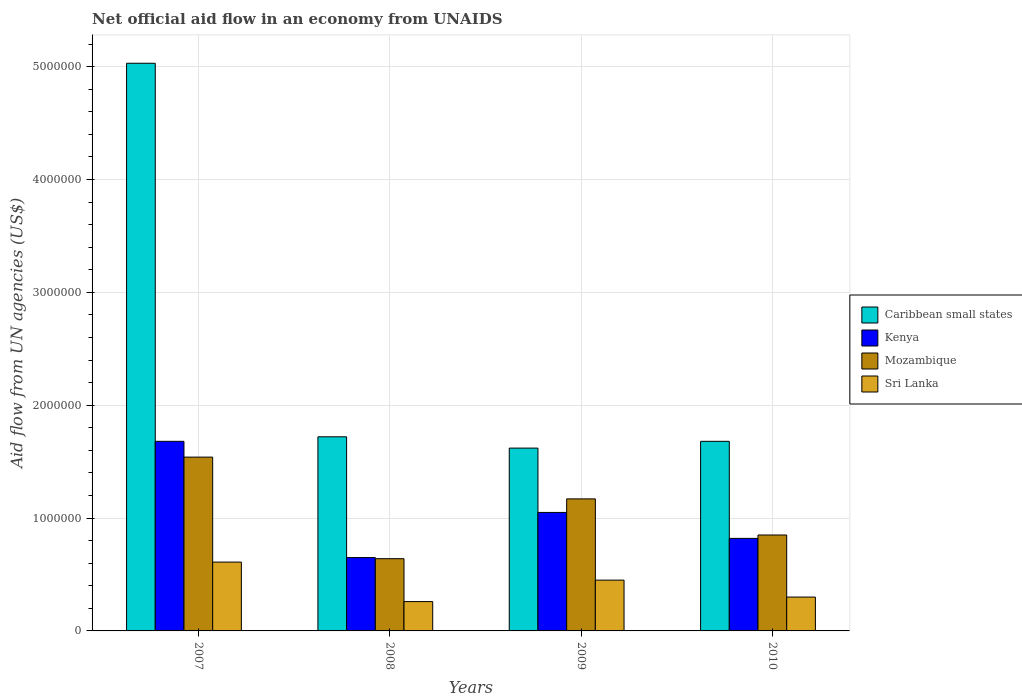
| Years | Caribbean small states | Kenya | Mozambique | Sri Lanka |
 | --- | --- | --- | --- | --- |
 | 2007 | 5.03e+06 | 1.68e+06 | 1.54e+06 | 6.1e+05 |
 | 2008 | 1.72e+06 | 6.5e+05 | 6.4e+05 | 2.6e+05 |
 | 2009 | 1.62e+06 | 1.05e+06 | 1.17e+06 | 4.5e+05 |
 | 2010 | 1.68e+06 | 8.2e+05 | 8.5e+05 | 3e+05 |